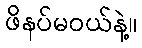
ဖိနပ်မဝယ်နဲ့။